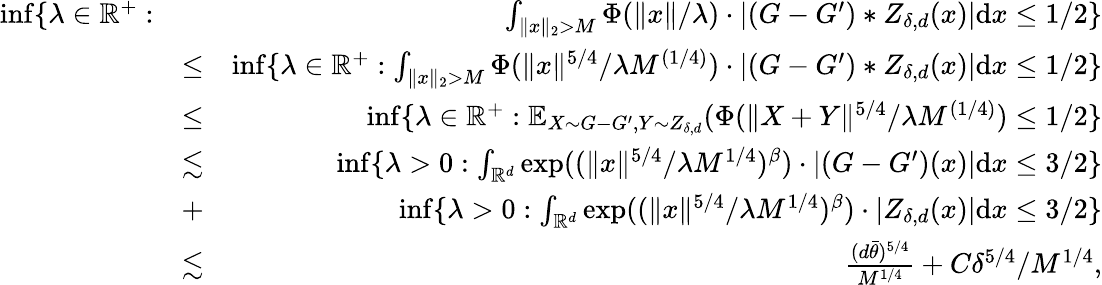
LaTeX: \begin{array}{rlr}{\operatorname*{inf}\{ \lambda\in\mathbb{R}^{+}:}&{}&{\int_{\| x\| _{2}>M}{\Phi(\| x\| /\lambda)\cdot|(G-G^{\prime})\ast Z_{\delta,d}(x)|\mathrm{d}x}\leq 1/2\} }\\ &{\leq}&{\operatorname*{inf}\{ \lambda\in\mathbb{R}^{+}:\int_{\| x\| _{2}>M}{\Phi(\| x\| ^{5/4}/\lambda M^{(1/4)})\cdot|(G-G^{\prime})\ast Z_{\delta,d}(x)|\mathrm{d}x}\leq 1/2\} }\\ &{\leq}&{\operatorname*{inf}\{ \lambda\in\mathbb{R}^{+}:\mathbb{E}_{X\sim G-G^{\prime},Y\sim Z_{\delta,d}}(\Phi(\| X+Y\| ^{5/4}/\lambda M^{(1/4)})\leq 1/2\} }\\ &{\lesssim}&{\operatorname*{inf}\{ \lambda>0:\int_{\mathbb{R}^{d}}{\exp((\| x\| ^{5/4}/\lambda M^{1/4})^{\beta})\cdot|(G-G^{\prime})(x)|\mathrm{d}x}\leq 3/2\} }\\ &{+}&{\operatorname*{inf}\{ \lambda>0:\int_{\mathbb{R}^{d}}{\exp((\| x\| ^{5/4}/\lambda M^{1/4})^{\beta})\cdot|Z_{\delta,d}(x)|\mathrm{d}x}\leq 3/2\} }\\ &{\lesssim}&{\frac{(d\bar{\theta})^{5/4}}{M^{1/4}}+C\delta^{5/4}/M^{1/4},}\end{array}